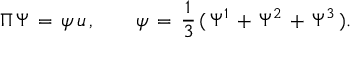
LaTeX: \Pi \, \Psi \, = \, \psi \, u \, , \qquad \psi \, = \, { \frac { 1 } { 3 } } \, ( \, \Psi ^ { 1 } \, + \, \Psi ^ { 2 } \, + \, \Psi ^ { 3 } \, ) .